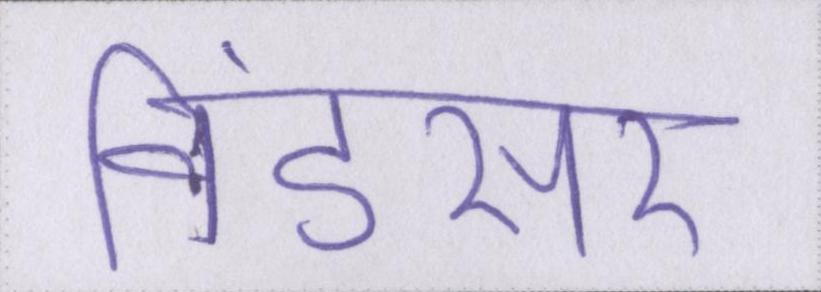
विंडसर